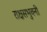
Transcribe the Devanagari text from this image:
राक्षसभुवनी